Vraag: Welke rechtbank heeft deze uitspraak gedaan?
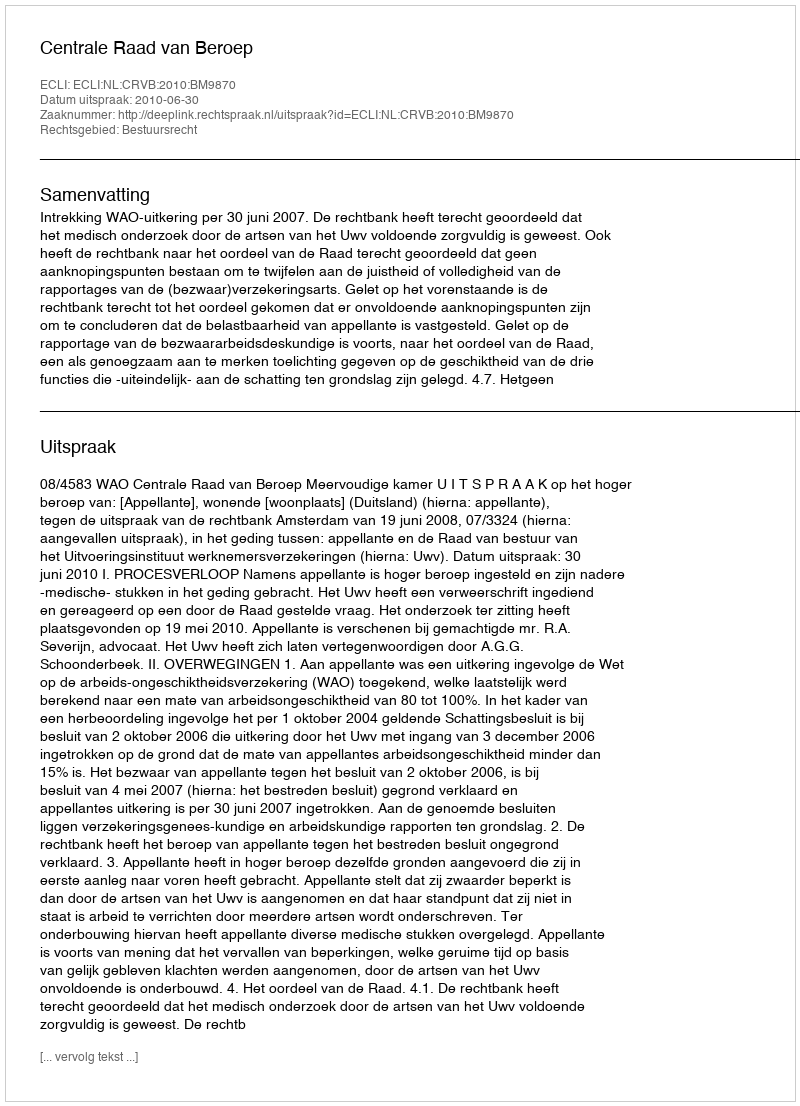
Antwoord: Centrale Raad van Beroep